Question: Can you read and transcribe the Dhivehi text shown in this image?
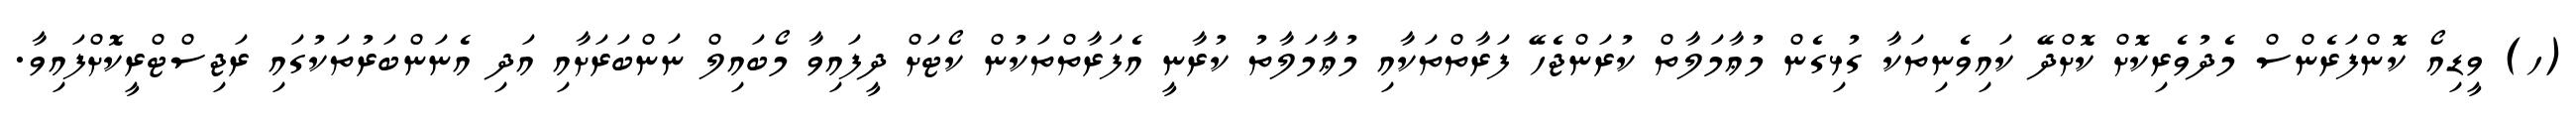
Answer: (ހ) ވީޑިއޯ ކޮންފަރެންސް މެދުވެރިކޮށް ކޮށްދޭ ކައިވެނިތަކާ ގުޅިގެން މުޢާމަލާތް ކުރަންޖެހޭ ފަރާތްތަކާއި މުޢާމަލާތު ކުރާނީ އެފަރާތްތަކުން ކޯޓަށް ދީފައިވާ މޯބައިލް ނަންބަރަށާއި އަދި އެނަންބަރުތަކުގައި ރަޖިސްޓްރީކޮށްފައިވާ.